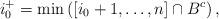
LaTeX: \begin{align*} i_{0}^{+}=\min\left(\left[i_{0}+1,\dots,n\right]\cap B^{c}\right), \end{align*}